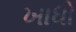
ખાધો